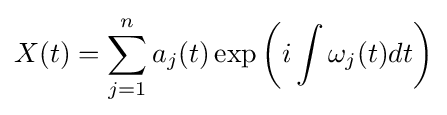
X(t)=\sum _{j=1}^{n}a_{j}(t)\exp \left(i\int \omega _{j}(t)dt\right)